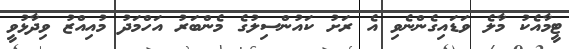
ޓީމާއެކު މާލެ ވަޑައިގެންނެވި އެ ރަށު ކައުންސިލުގެ މެންބަރު އަހްމަދު މުއިއްޒު ވިދާޅުވީ